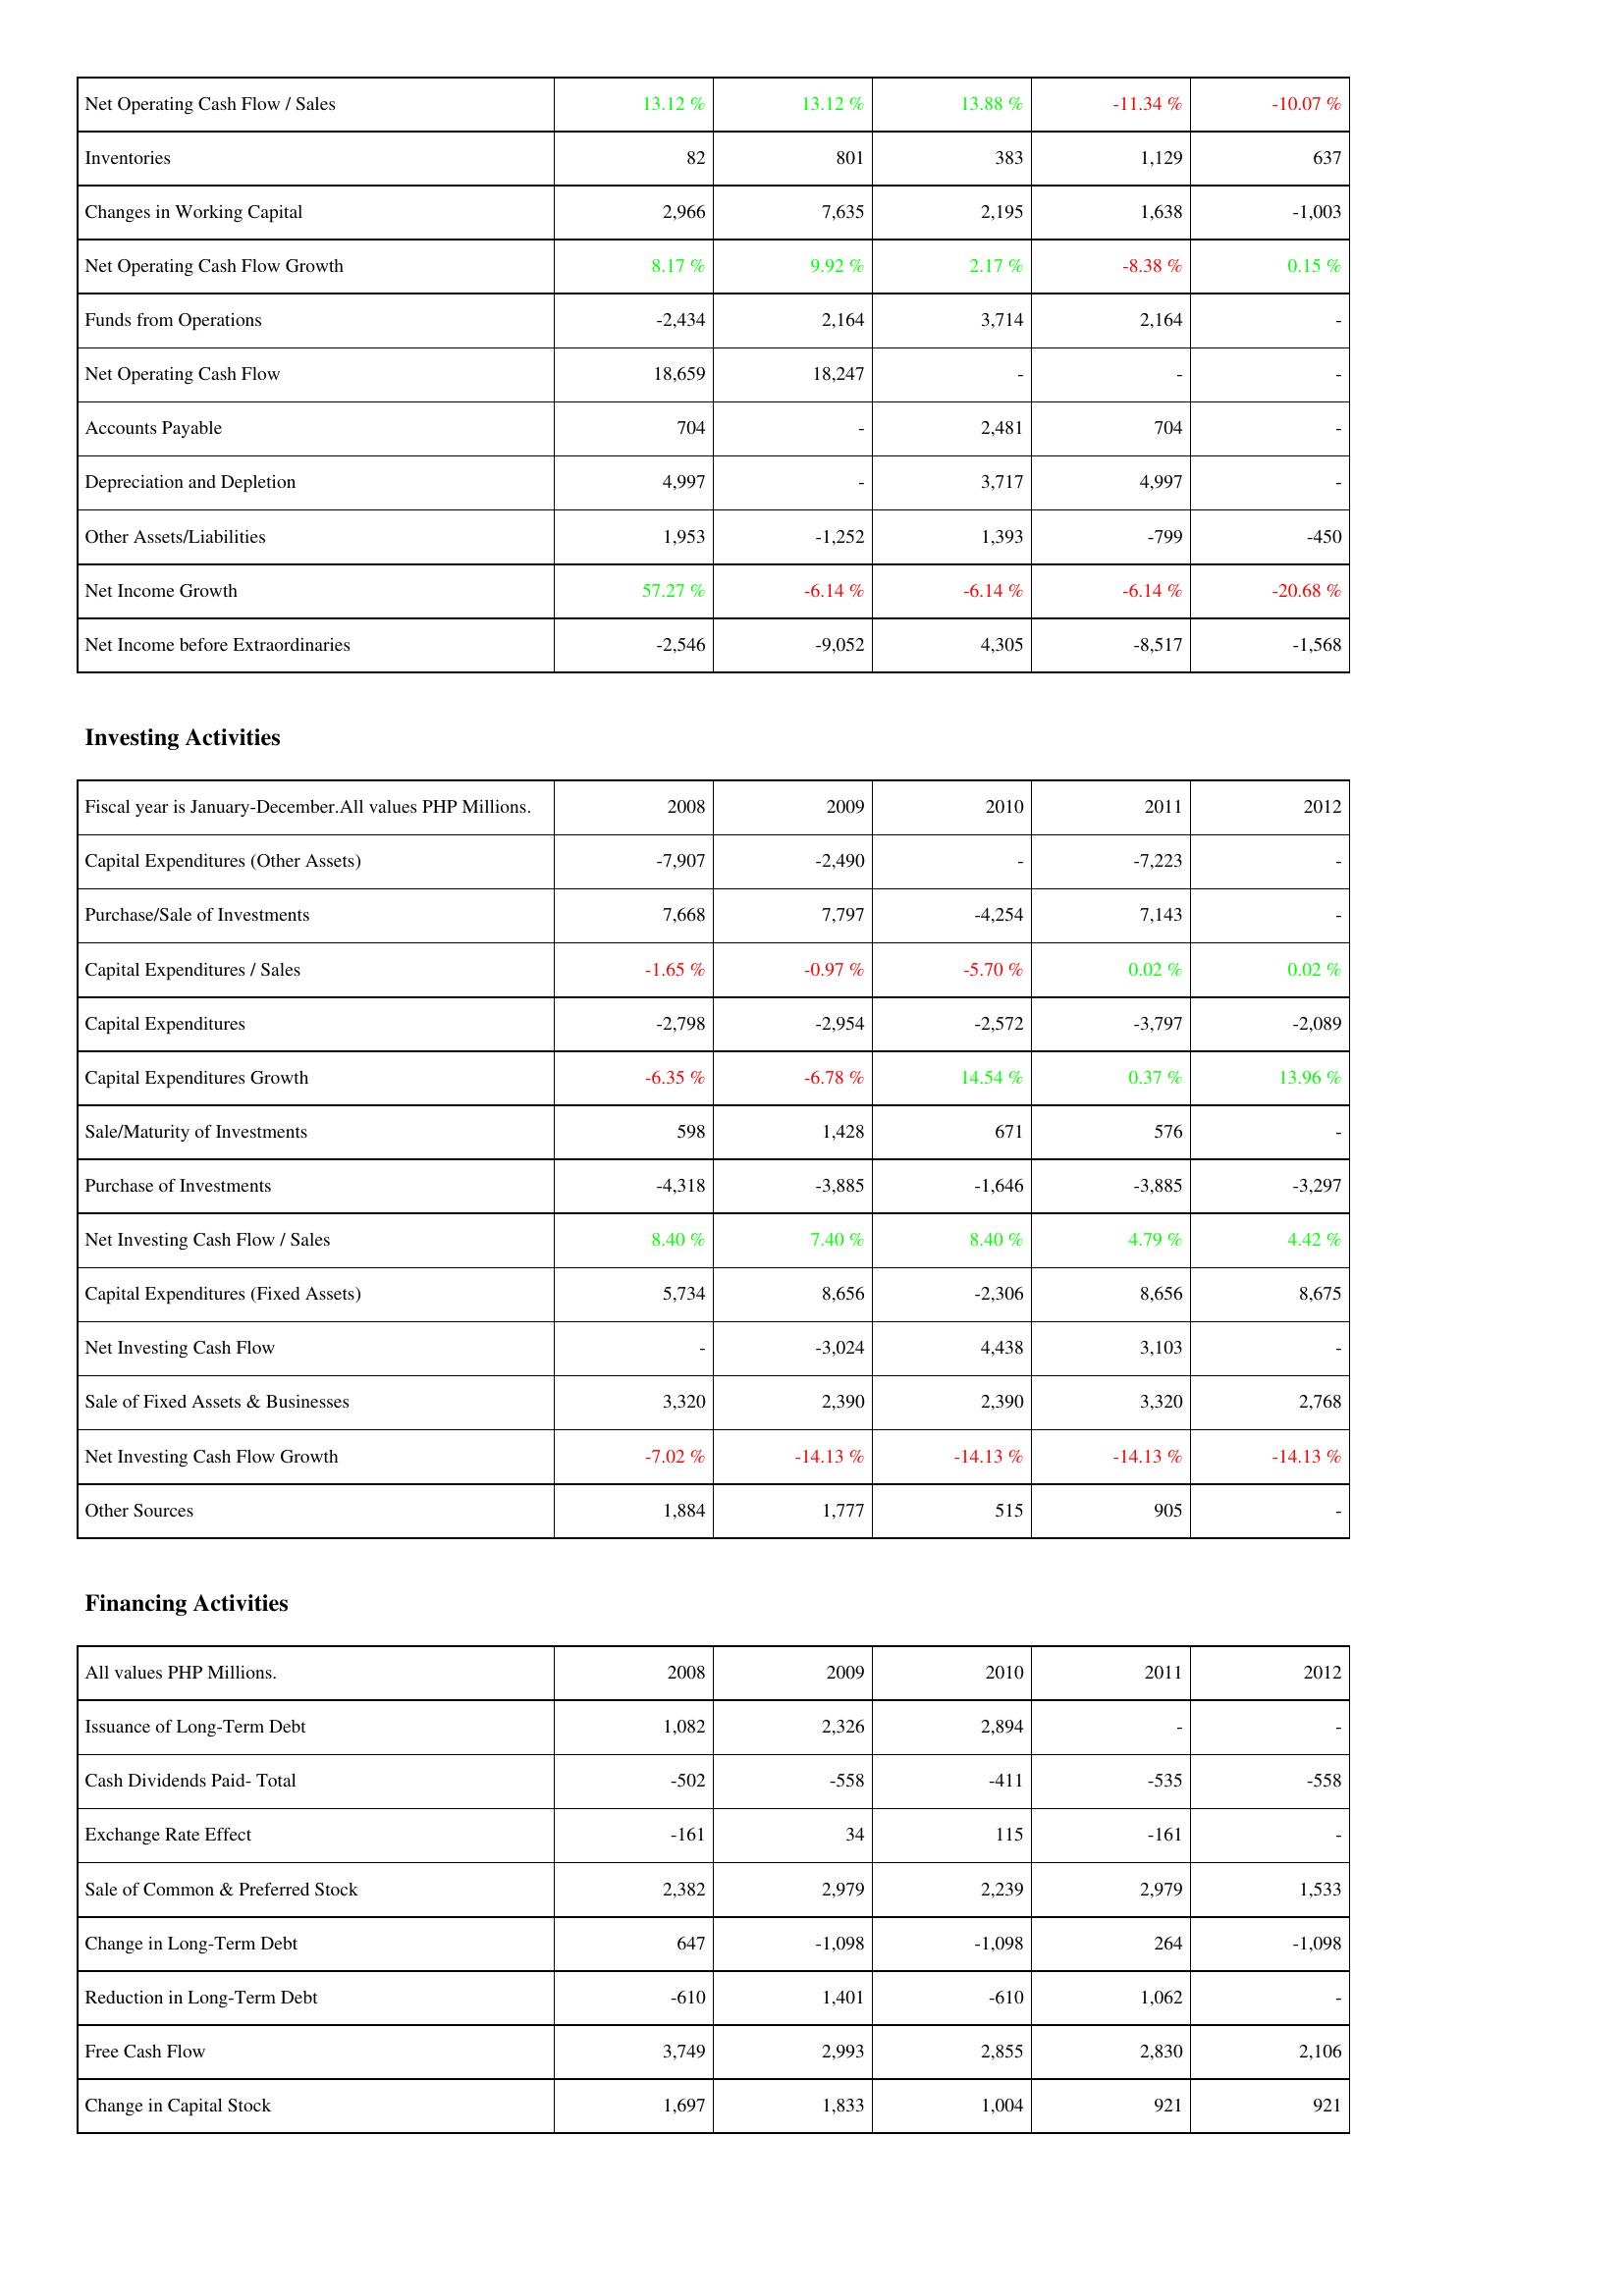
2008: Operating Activities: Net Operating Cash Flow / Sales: 13.12 %
Inventories: 82
Changes in Working Capital: 2,966
Net Operating Cash Flow Growth: 8.17 %
Funds from Operations: -2,434
Net Operating Cash Flow: 18,659
Accounts Payable: 704
Depreciation and Depletion: 4,997
Other Assets/Liabilities: 1,953
Net Income Growth: 57.27 %
Net Income before Extraordinaries: -2,546
Investing Activities: Capital Expenditures (Other Assets): -7,907
Purchase/Sale of Investments: 7,668
Capital Expenditures / Sales: -1.65 %
Capital Expenditures: -2,798
Capital Expenditures Growth: -6.35 %
Sale/Maturity of Investments: 598
Purchase of Investments: -4,318
Net Investing Cash Flow / Sales: 8.40 %
Capital Expenditures (Fixed Assets): 5,734
Net Investing Cash Flow: -
Sale of Fixed Assets & Businesses: 3,320
Net Investing Cash Flow Growth: -7.02 %
Other Sources: 1,884
Financing Activities: Issuance of Long-Term Debt: 1,082
Cash Dividends Paid- Total: -502
Exchange Rate Effect: -161
Sale of Common & Preferred Stock: 2,382
Change in Long-Term Debt: 647
Reduction in Long-Term Debt: -610
Free Cash Flow: 3,749
Change in Capital Stock: 1,697
2009: Operating Activities: Net Operating Cash Flow / Sales: 13.12 %
Inventories: 801
Changes in Working Capital: 7,635
Net Operating Cash Flow Growth: 9.92 %
Funds from Operations: 2,164
Net Operating Cash Flow: 18,247
Accounts Payable: -
Depreciation and Depletion: -
Other Assets/Liabilities: -1,252
Net Income Growth: -6.14 %
Net Income before Extraordinaries: -9,052
Investing Activities: Capital Expenditures (Other Assets): -2,490
Purchase/Sale of Investments: 7,797
Capital Expenditures / Sales: -0.97 %
Capital Expenditures: -2,954
Capital Expenditures Growth: -6.78 %
Sale/Maturity of Investments: 1,428
Purchase of Investments: -3,885
Net Investing Cash Flow / Sales: 7.40 %
Capital Expenditures (Fixed Assets): 8,656
Net Investing Cash Flow: -3,024
Sale of Fixed Assets & Businesses: 2,390
Net Investing Cash Flow Growth: -14.13 %
Other Sources: 1,777
Financing Activities: Issuance of Long-Term Debt: 2,326
Cash Dividends Paid- Total: -558
Exchange Rate Effect: 34
Sale of Common & Preferred Stock: 2,979
Change in Long-Term Debt: -1,098
Reduction in Long-Term Debt: 1,401
Free Cash Flow: 2,993
Change in Capital Stock: 1,833
2010: Operating Activities: Net Operating Cash Flow / Sales: 13.88 %
Inventories: 383
Changes in Working Capital: 2,195
Net Operating Cash Flow Growth: 2.17 %
Funds from Operations: 3,714
Net Operating Cash Flow: -
Accounts Payable: 2,481
Depreciation and Depletion: 3,717
Other Assets/Liabilities: 1,393
Net Income Growth: -6.14 %
Net Income before Extraordinaries: 4,305
Investing Activities: Capital Expenditures (Other Assets): -
Purchase/Sale of Investments: -4,254
Capital Expenditures / Sales: -5.70 %
Capital Expenditures: -2,572
Capital Expenditures Growth: 14.54 %
Sale/Maturity of Investments: 671
Purchase of Investments: -1,646
Net Investing Cash Flow / Sales: 8.40 %
Capital Expenditures (Fixed Assets): -2,306
Net Investing Cash Flow: 4,438
Sale of Fixed Assets & Businesses: 2,390
Net Investing Cash Flow Growth: -14.13 %
Other Sources: 515
Financing Activities: Issuance of Long-Term Debt: 2,894
Cash Dividends Paid- Total: -411
Exchange Rate Effect: 115
Sale of Common & Preferred Stock: 2,239
Change in Long-Term Debt: -1,098
Reduction in Long-Term Debt: -610
Free Cash Flow: 2,855
Change in Capital Stock: 1,004
2011: Operating Activities: Net Operating Cash Flow / Sales: -11.34 %
Inventories: 1,129
Changes in Working Capital: 1,638
Net Operating Cash Flow Growth: -8.38 %
Funds from Operations: 2,164
Net Operating Cash Flow: -
Accounts Payable: 704
Depreciation and Depletion: 4,997
Other Assets/Liabilities: -799
Net Income Growth: -6.14 %
Net Income before Extraordinaries: -8,517
Investing Activities: Capital Expenditures (Other Assets): -7,223
Purchase/Sale of Investments: 7,143
Capital Expenditures / Sales: 0.02 %
Capital Expenditures: -3,797
Capital Expenditures Growth: 0.37 %
Sale/Maturity of Investments: 576
Purchase of Investments: -3,885
Net Investing Cash Flow / Sales: 4.79 %
Capital Expenditures (Fixed Assets): 8,656
Net Investing Cash Flow: 3,103
Sale of Fixed Assets & Businesses: 3,320
Net Investing Cash Flow Growth: -14.13 %
Other Sources: 905
Financing Activities: Issuance of Long-Term Debt: -
Cash Dividends Paid- Total: -535
Exchange Rate Effect: -161
Sale of Common & Preferred Stock: 2,979
Change in Long-Term Debt: 264
Reduction in Long-Term Debt: 1,062
Free Cash Flow: 2,830
Change in Capital Stock: 921
2012: Operating Activities: Net Operating Cash Flow / Sales: -10.07 %
Inventories: 637
Changes in Working Capital: -1,003
Net Operating Cash Flow Growth: 0.15 %
Funds from Operations: -
Net Operating Cash Flow: -
Accounts Payable: -
Depreciation and Depletion: -
Other Assets/Liabilities: -450
Net Income Growth: -20.68 %
Net Income before Extraordinaries: -1,568
Investing Activities: Capital Expenditures (Other Assets): -
Purchase/Sale of Investments: -
Capital Expenditures / Sales: 0.02 %
Capital Expenditures: -2,089
Capital Expenditures Growth: 13.96 %
Sale/Maturity of Investments: -
Purchase of Investments: -3,297
Net Investing Cash Flow / Sales: 4.42 %
Capital Expenditures (Fixed Assets): 8,675
Net Investing Cash Flow: -
Sale of Fixed Assets & Businesses: 2,768
Net Investing Cash Flow Growth: -14.13 %
Other Sources: -
Financing Activities: Issuance of Long-Term Debt: -
Cash Dividends Paid- Total: -558
Exchange Rate Effect: -
Sale of Common & Preferred Stock: 1,533
Change in Long-Term Debt: -1,098
Reduction in Long-Term Debt: -
Free Cash Flow: 2,106
Change in Capital Stock: 921